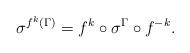
LaTeX: \begin{align*}\sigma ^{f^k(\Gamma)}=f^k\circ \sigma ^{\Gamma}\circ f^{-k}.\end{align*}